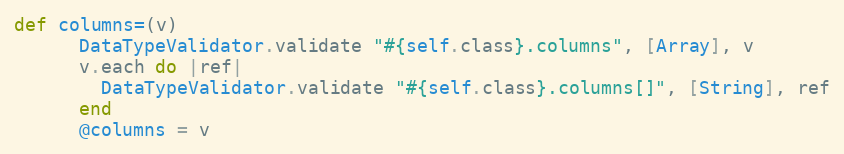
Language: Ruby
def columns=(v)
      DataTypeValidator.validate "#{self.class}.columns", [Array], v
      v.each do |ref|
        DataTypeValidator.validate "#{self.class}.columns[]", [String], ref
      end
      @columns = v